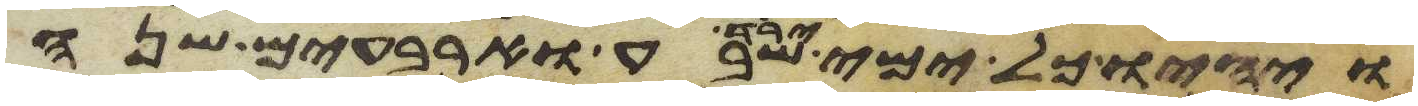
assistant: ויהיו כל ימי ירד שבע וארבעים שנה